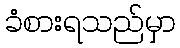
ခံစားရသည်မှာ